Civil Veterinary Department. United Provinces 1912-22 - 1912-1922
Year: 1912
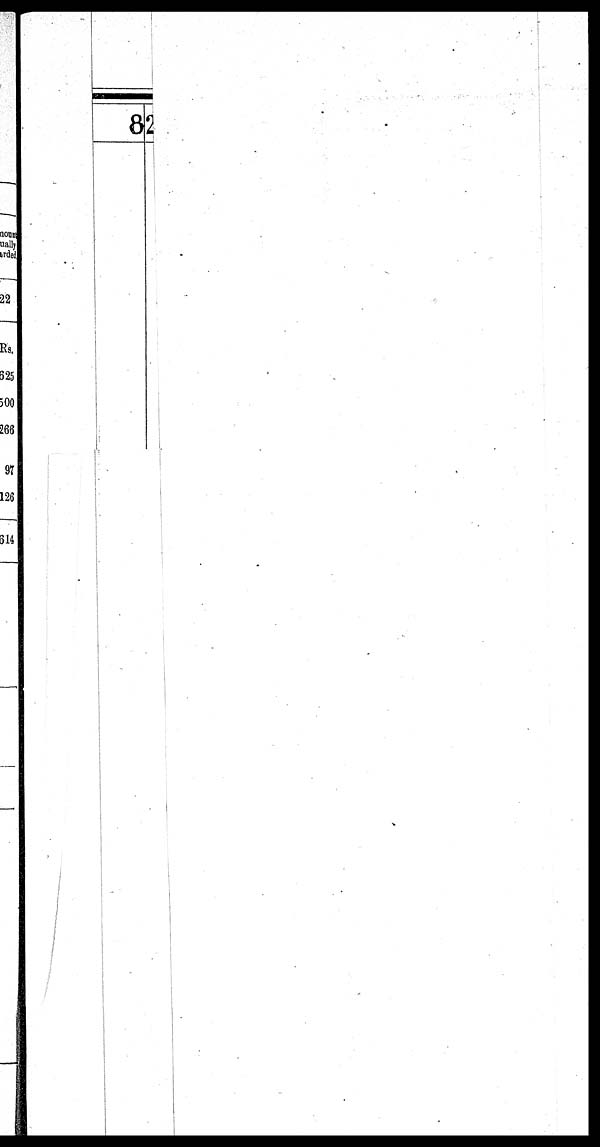
82